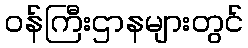
ဝန်ကြီးဌာနများတွင်